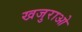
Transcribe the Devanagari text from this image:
खजुराओ